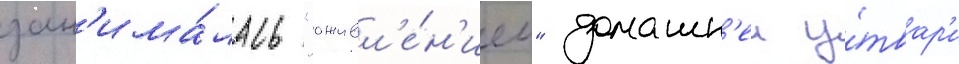
зан'има́лась "оживл'е́н'ием" домашн'еи у́твар'и